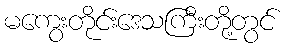
မကွေးတိုင်းဒေသကြီးတို့တွင်